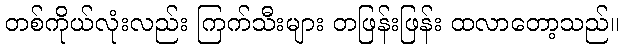
တစ်ကိုယ်လုံးလည်း ကြက်သီးများ တဖြန်းဖြန်း ထလာတော့သည်။